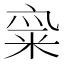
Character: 𱹂